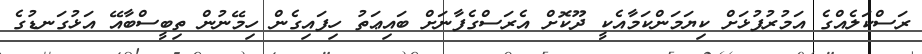
ރަސްކަލެއްގެ އަމުރުފުޅަށް ކިޔަމަންކަމާއެކީ ދޫކޮށް އެރަސްގެފާނަށް ބައިޢަތު ހިފައިގެން ހިމޭނުން ތިބީސްބާއޭ އަޅުގަނޑުގެ